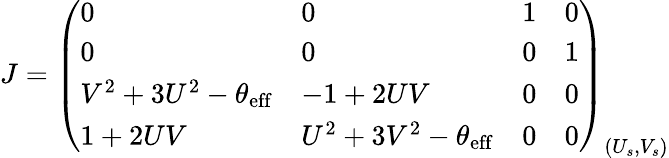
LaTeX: J=\left(\begin{array}{llll}{0}&{0}&{1}&{0}\\ {0}&{0}&{0}&{1}\\ {V^{2}+3U^{2}-\theta_{\mathrm{eff}}}&{-1+2UV}&{0}&{0}\\ {1+2UV}&{U^{2}+3V^{2}-\theta_{\mathrm{eff}}}&{0}&{0}\end{array}\right)_{(U_{s},V_{s})}